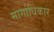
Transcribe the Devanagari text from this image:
मार्गाधिकार